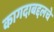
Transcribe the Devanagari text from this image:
कागदाबद्दलचे